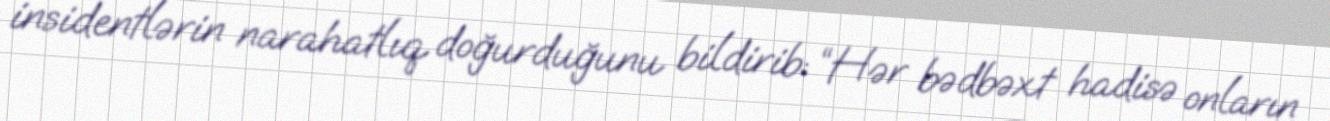
insidentlərin narahatlıq doğurduğunu bildirib: “Hər bədbəxt hadisə onların